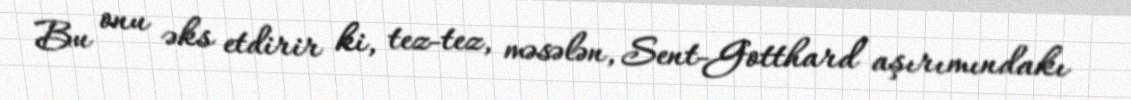
Bu onu əks etdirir ki, tez-tez, məsələn, Sent-Gotthard aşırımındakı